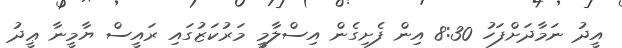
އީދު ނަމާދަށްފަހު 8:30 އިން ފެށިގެން އިސްލާމީ މަރުކަޒުގައި ރައީސް ޔާމީނާ ޢީދު